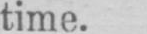
time.